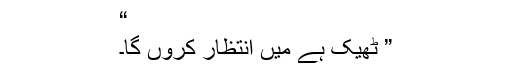
“
” ٹھیک ہے میں انتظار کروں گا۔